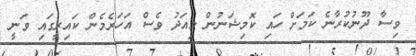
ވިސާ ދޫނުކުރާނެ ކަމަށް ހައި ކޮމިޝަނުން މިއަދު ވެސް އަހަރެމެން ކައިރީގައި ވަނީ